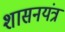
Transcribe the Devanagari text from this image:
शासनयंत्र